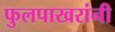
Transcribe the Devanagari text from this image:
फुलपाखरांनी